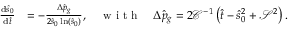
\begin{array} { r l } { \frac { \mathrm { d } \hat { s } _ { 0 } } { \mathrm { d } \hat { t } } } & { = - \frac { \Delta \hat { p } _ { g } } { 2 \hat { s } _ { 0 } \ln \left( \hat { s } _ { 0 } \right) } , \quad \textrm { w i t h } \quad \Delta \hat { p } _ { g } = 2 \mathcal { C } ^ { - 1 } \left( \hat { t } - \hat { s } _ { 0 } ^ { 2 } + \mathcal { S } ^ { 2 } \right) . } \end{array}